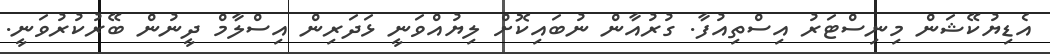
އެޑިޔުކޭޝަން މިނިސްޓަރު އިސްތިއުފާ. ގުރުއާން ނުބައިކޮށް ލިޔުއްވަނީ ޅަދަރިން އިސްލާމް ދީނުން ބޭރުކުރުވަނީ.